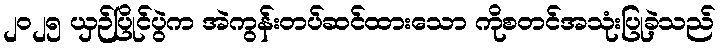
၂၀၂၅ ယှဉ်ပြိုင်ပွဲက အဲကွန်းတပ်ဆင်ထားသော ကိုစတင်အသုံးပြုခဲ့သည်